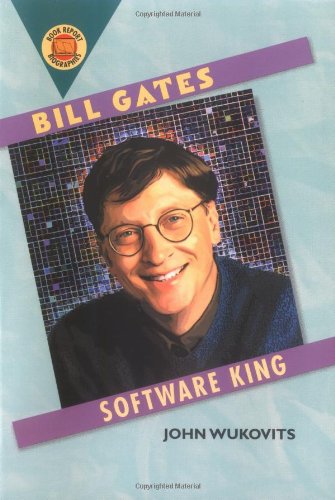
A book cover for Bill Gates: Software King (Book Report Biographies); John F. Wukovits; Children's Books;